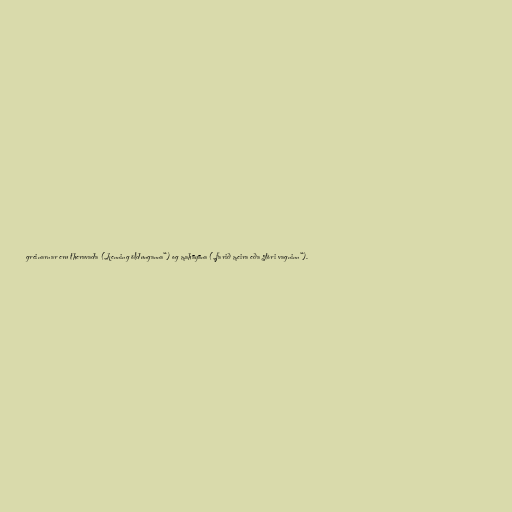
greinarnar eru theravada („kenning öldunganna“) og mahāyāna („farið meira eða stóri vagninn“).